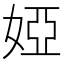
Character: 婭